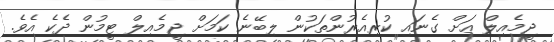
ޖީމެއިލް އަށް ގެނައި ކުރިއެރުންތަކުން ލިބޭނެ ކަމަށް ޖީމެއިލް ޓީމުން ދެކެ އެވެ.